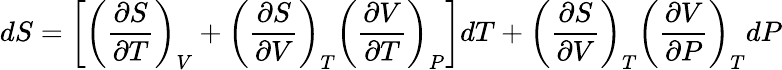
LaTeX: dS=\left[\left({\frac{\partial S}{\partial T}}\right)_{V}+\left({\frac{\partial S}{\partial V}}\right)_{T}\left({\frac{\partial V}{\partial T}}\right)_{P}\right]dT+\left({\frac{\partial S}{\partial V}}\right)_{T}\left({\frac{\partial V}{\partial P}}\right)_{T}dP